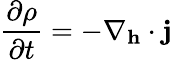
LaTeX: \frac{\partial\rho}{\partial t}=-\nabla_{\textbf{h}}\cdot\textbf{j}